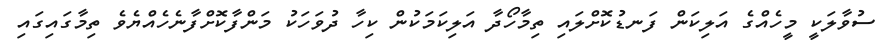
ސުވާލަކީ މީހެއްގެ އަލިކަން ފަނޑުކޮށްލައި ތިމާހޯދާ އަލިކަމަކުން ކިހާ ދުވަހަކު މަންފާކޮށްފާނެހެއްޔެވެ ތިމާގައިގައި